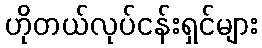
ဟိုတယ်လုပ်ငန်းရှင်များ